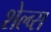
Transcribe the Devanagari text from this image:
शेल्व्स